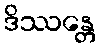
ဒိဿန္တေ